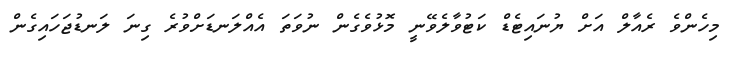
މިހެންވެ ރެއާލް އަށް ޔުނައިޓެޑް ކަޓުވާލެވޭނީ މޮޅުވެގެން ނުވަތަ އެއްލަނޑަށްވުރެ ގިނަ ލަނޑުޖަހައިގެން